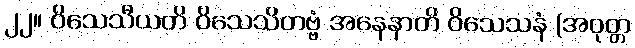
၂၂။ ဝိသေသီယတိ ဝိသေသိတဗ္ဗံ အနေနာတိ ဝိသေသနံ (အဝုတ္တ